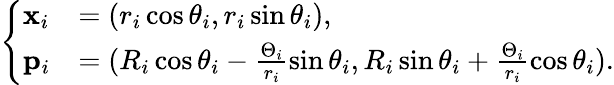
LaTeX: \begin{array}{r}{\left\{ \begin{array}{ll}{\mathbf{x}_{i}}&{=(r_{i}\cos\theta_{i},r_{i}\sin\theta_{i}),}\\ {\mathbf{p}_{i}}&{=(R_{i}\cos\theta_{i}-\frac{\Theta_{i}}{r_{i}}\sin\theta_{i},R_{i}\sin\theta_{i}+\frac{\Theta_{i}}{r_{i}}\cos\theta_{i}).}\end{array}\right.}\end{array}